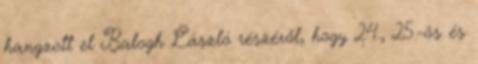
hangzott el Balogh László részéről, hogy 24., 25.-ös és